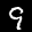
Label: 9